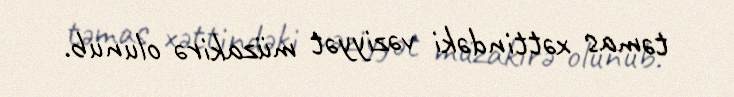
təmas xəttindəki vəziyyət müzakirə olunub.